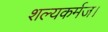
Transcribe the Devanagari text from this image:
शल्यकर्मज।